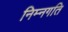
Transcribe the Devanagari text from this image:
निम्नगति